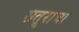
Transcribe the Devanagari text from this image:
सतूराचा